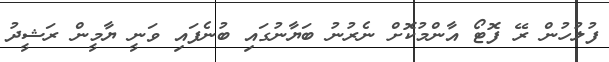
ފުލުހުން ރޭ ފޮޓޯ އާންމުކޮށް ނެރުނު ބަޔާނުގައި ބުނެފައި ވަނީ ޔާމީން ރަޝީދު